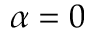
\alpha = 0